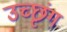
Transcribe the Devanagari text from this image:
उच्छृंग